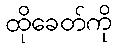
ထိုခေတ်ကို